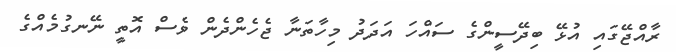
ރާއްޖޭގައި އުޅޭ ބިދޭސީންގެ ސައްހަ އަދަދު މިހާތަނާ ޖެހެންދެން ވެސް އޮތީ ނޭނގުމެއްގެ